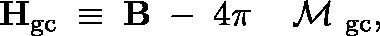
{ \bf H } _ { \mathrm { g c } } \; \equiv \; { \bf B } \; - \; 4 \pi \, \mathrm { ~ \boldmath ~ \cal ~ M ~ } _ { \mathrm { g c } } ,